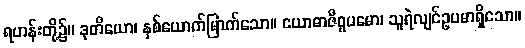
ရဟန်းတို့၌။ ဒုတိယော၊ နှစ်ယောက်မြာက်သော။ ယောဓာဇီဝူပမော၊ သူရဲလျင်ဥပမာရှိသော။